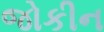
જોકીન